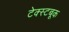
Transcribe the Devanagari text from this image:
टेक्स्टबूक